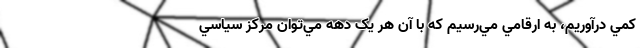
كمّي درآوريم، به ارقامي مي‌رسيم كه با آن هر یک دهه مي‌توان مركز سياسي